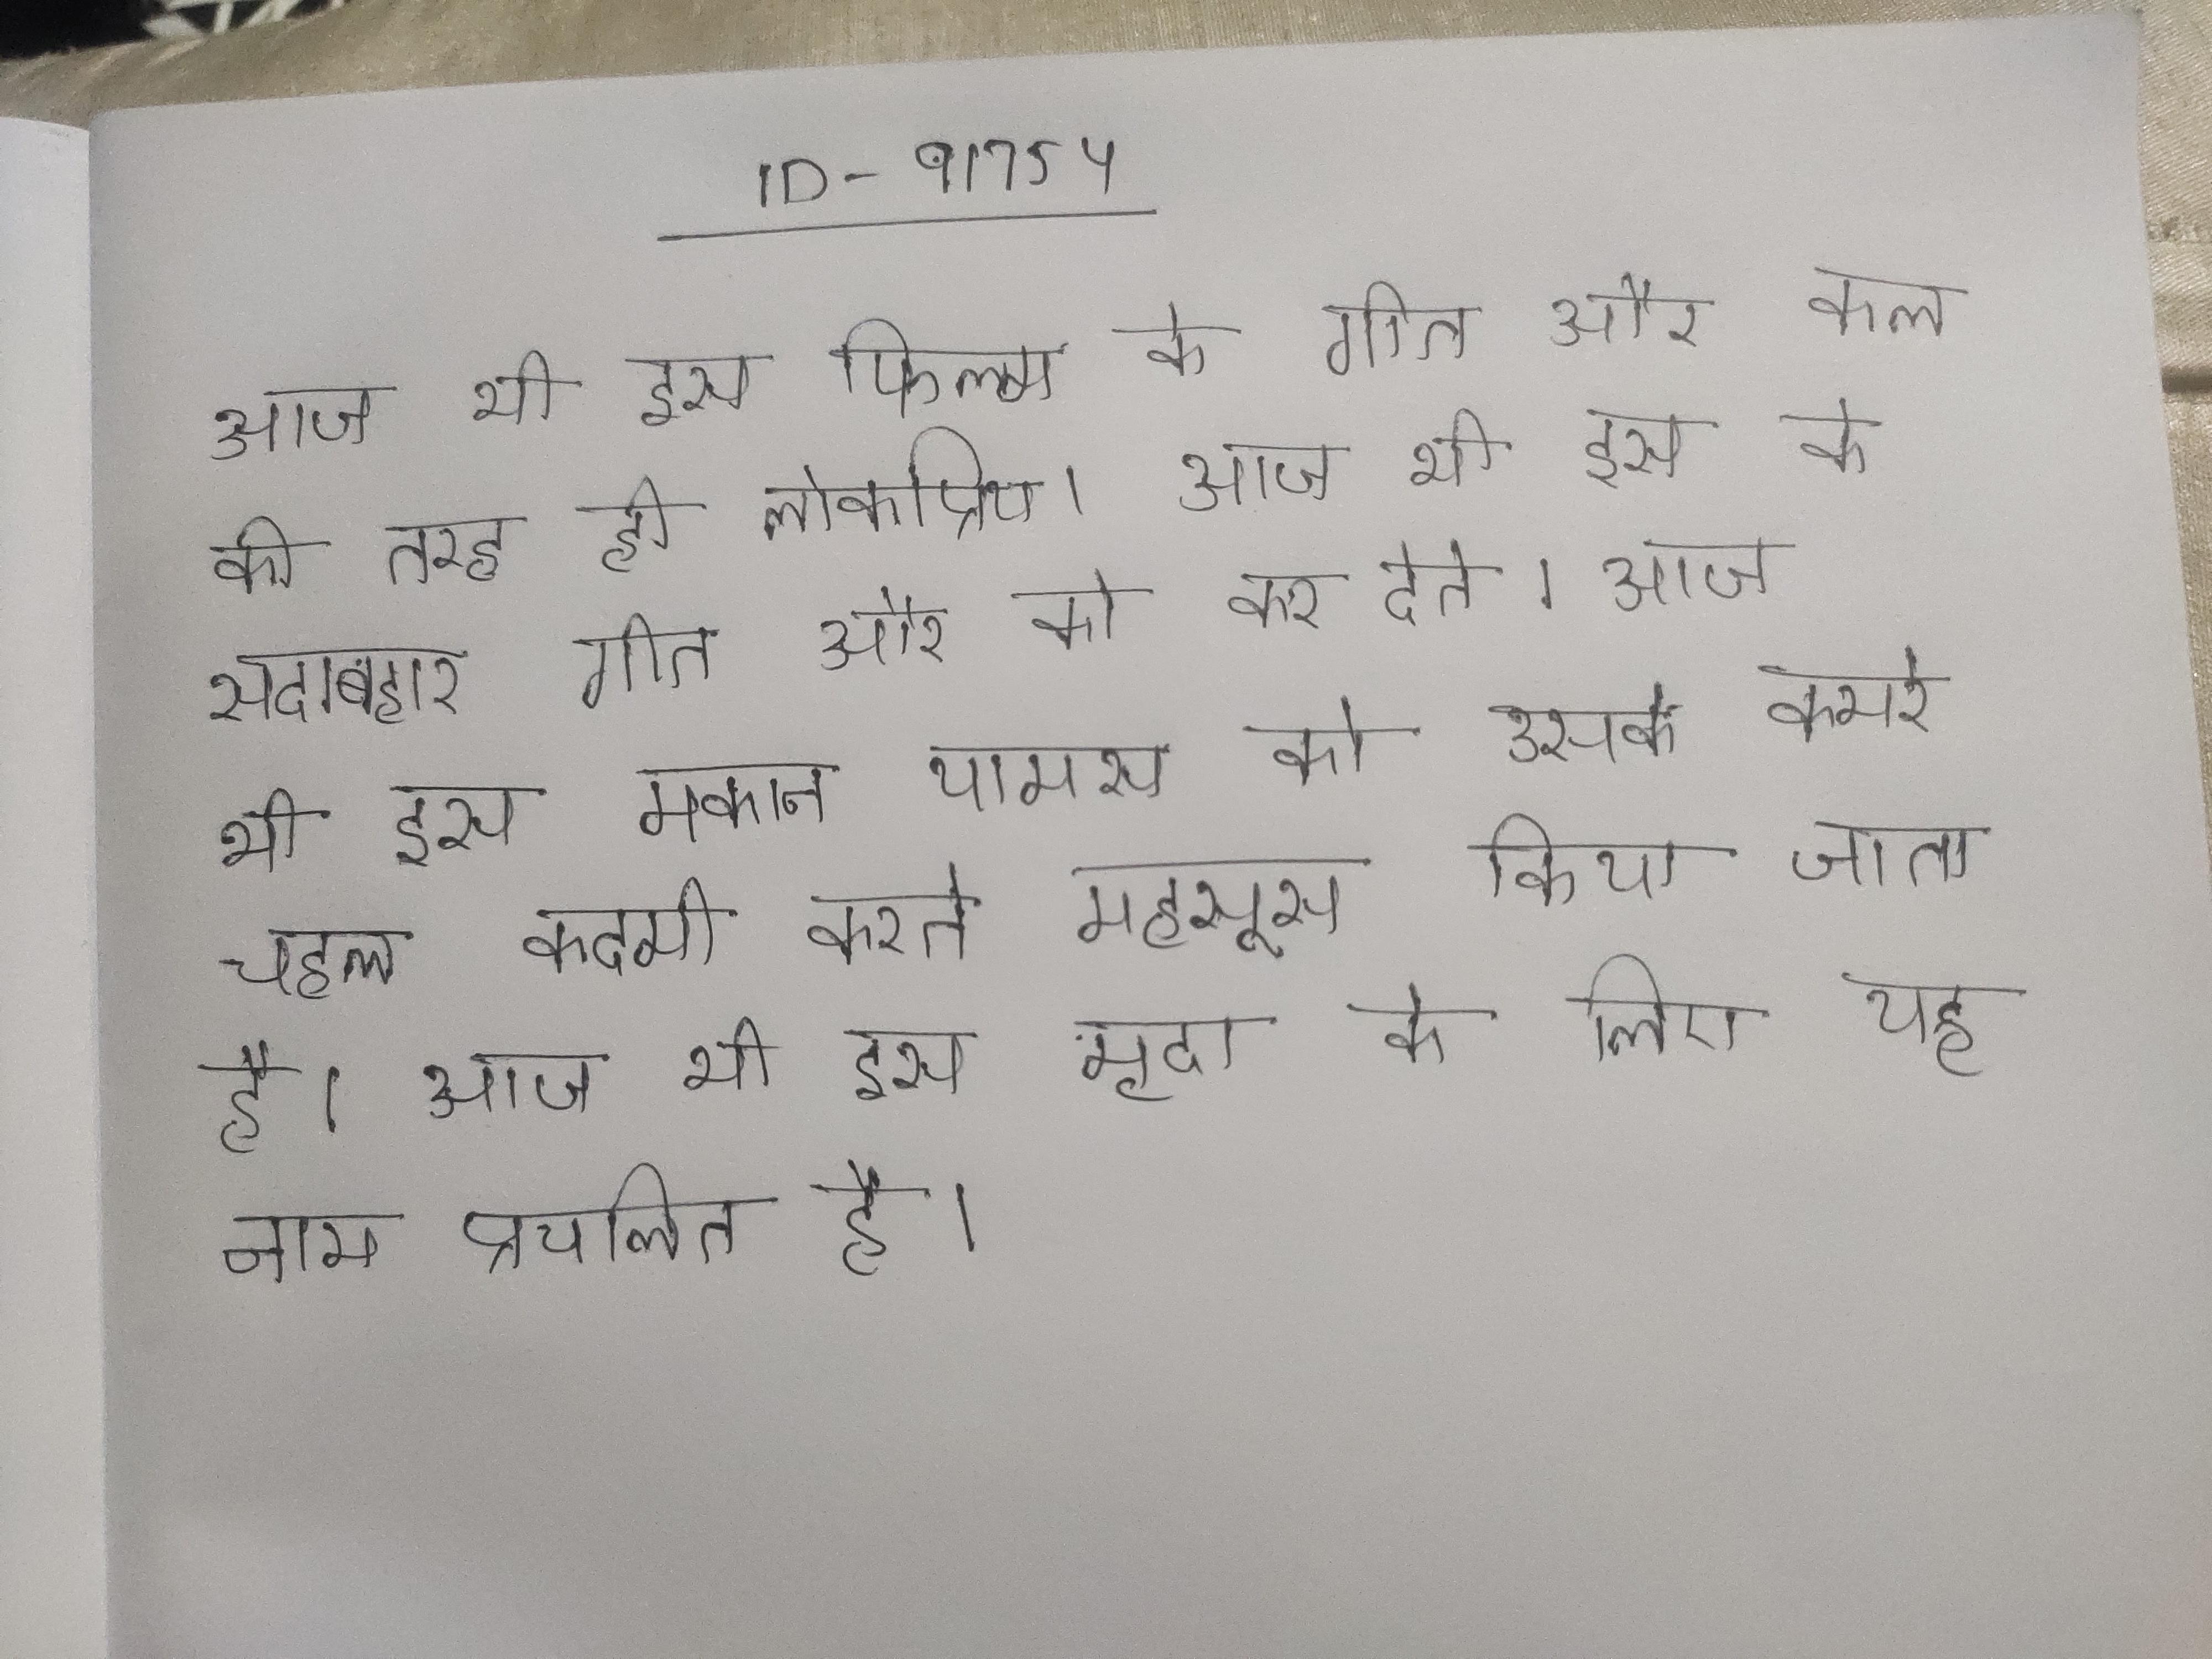
आज भी इस फिल्म के गीत और कल की तरह ही लोकप्रिय । आज भी इस के सदाबहार गीत और को कर देते । आज भी इस मकान थामस को उसके कमरे चहल कदमी करते महसूस किया जाता है । आज भी इस मृदा के लिए यह नाम प्रचलित है ।